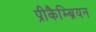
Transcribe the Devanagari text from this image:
प्रीकैम्ब्रियन